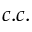
c . c .